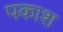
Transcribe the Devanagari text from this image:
पकाश